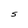
Character: S